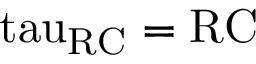
\mathrm { { \ t a u _ { R C } = R C } }